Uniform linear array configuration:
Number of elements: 24
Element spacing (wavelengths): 1
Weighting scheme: blackman
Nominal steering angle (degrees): -30
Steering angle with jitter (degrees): -29.572
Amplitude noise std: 0.05
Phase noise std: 0.05

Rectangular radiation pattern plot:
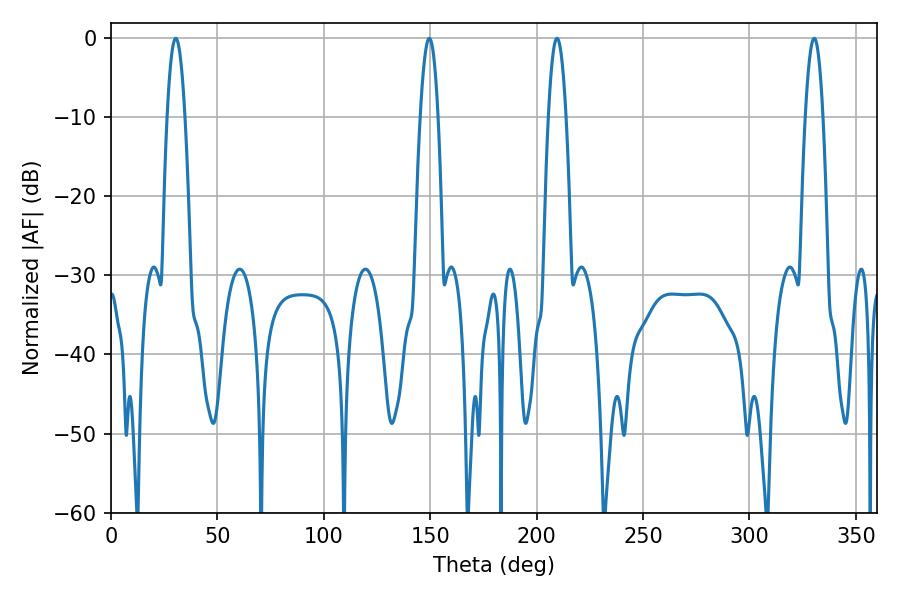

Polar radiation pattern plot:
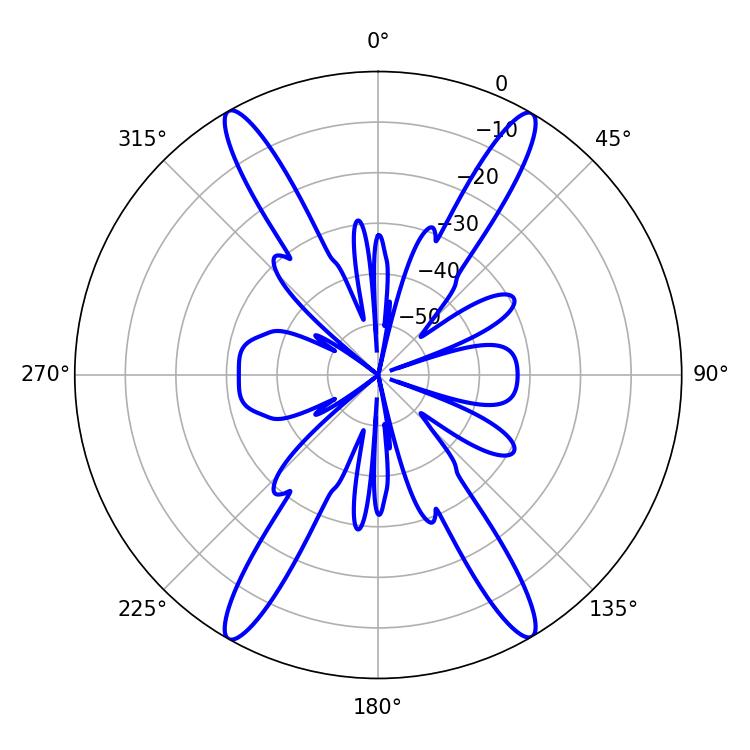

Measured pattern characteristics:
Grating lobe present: TRUE
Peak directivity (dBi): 27.991
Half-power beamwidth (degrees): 4.5
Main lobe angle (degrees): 30.42